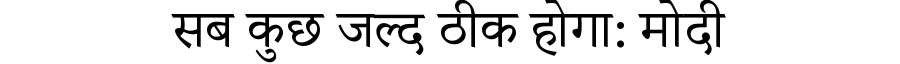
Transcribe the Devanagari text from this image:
सब कुछ जल्द ठीक होगा: मोदी